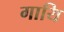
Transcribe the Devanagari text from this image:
गायि